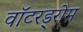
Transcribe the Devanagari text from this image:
वॉटरड्रोम